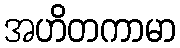
အဟိတကာမာ